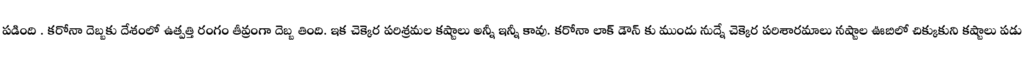
పడింది . కరోనా దెబ్బకు దేశంలో ఉత్పత్తి రంగం తీవ్రంగా దెబ్బ తింది. ఇక చెక్కెర పరిశ్రమల కష్టాలు అన్నీ ఇన్నీ కావు. కరోనా లాక్ డౌన్ కు ముందు నుద్నే చెక్కెర పరిశారమాలు నష్టాల ఊబిలో చిక్కుకుని కష్టాలు పడు